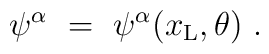
\psi^\alpha\ =\ \psi^\alpha(x_{\rm L}, \theta)\ .